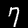
Label: 7